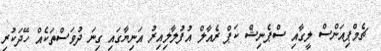
ޗެމްޕިއަންސް ލީގާއި ސްޕެނިޝް ކަޕް ރެއާލް އުފުލާލިއިރު އަނިޔާގައި ގިނަ ދުވަސްތަކެއް ހޭދަކުރި